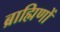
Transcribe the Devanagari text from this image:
ब्राह्मिणों